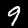
Digit: 9